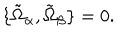
\{ \tilde { \Omega } _ { \alpha } , \tilde { \Omega } _ { \beta } \} = 0 .